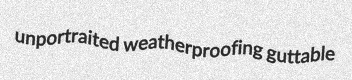
unportraited weatherproofing guttable